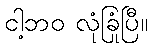
ငါ့ဘဝ လုံခြုံပြီ။